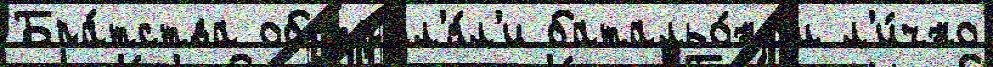
Бра́тства обстр'ел'я́л'и батальо́ном л'и́чно